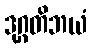
ဒုဂ္ဂတိဘယံ